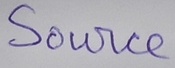
Text: Source